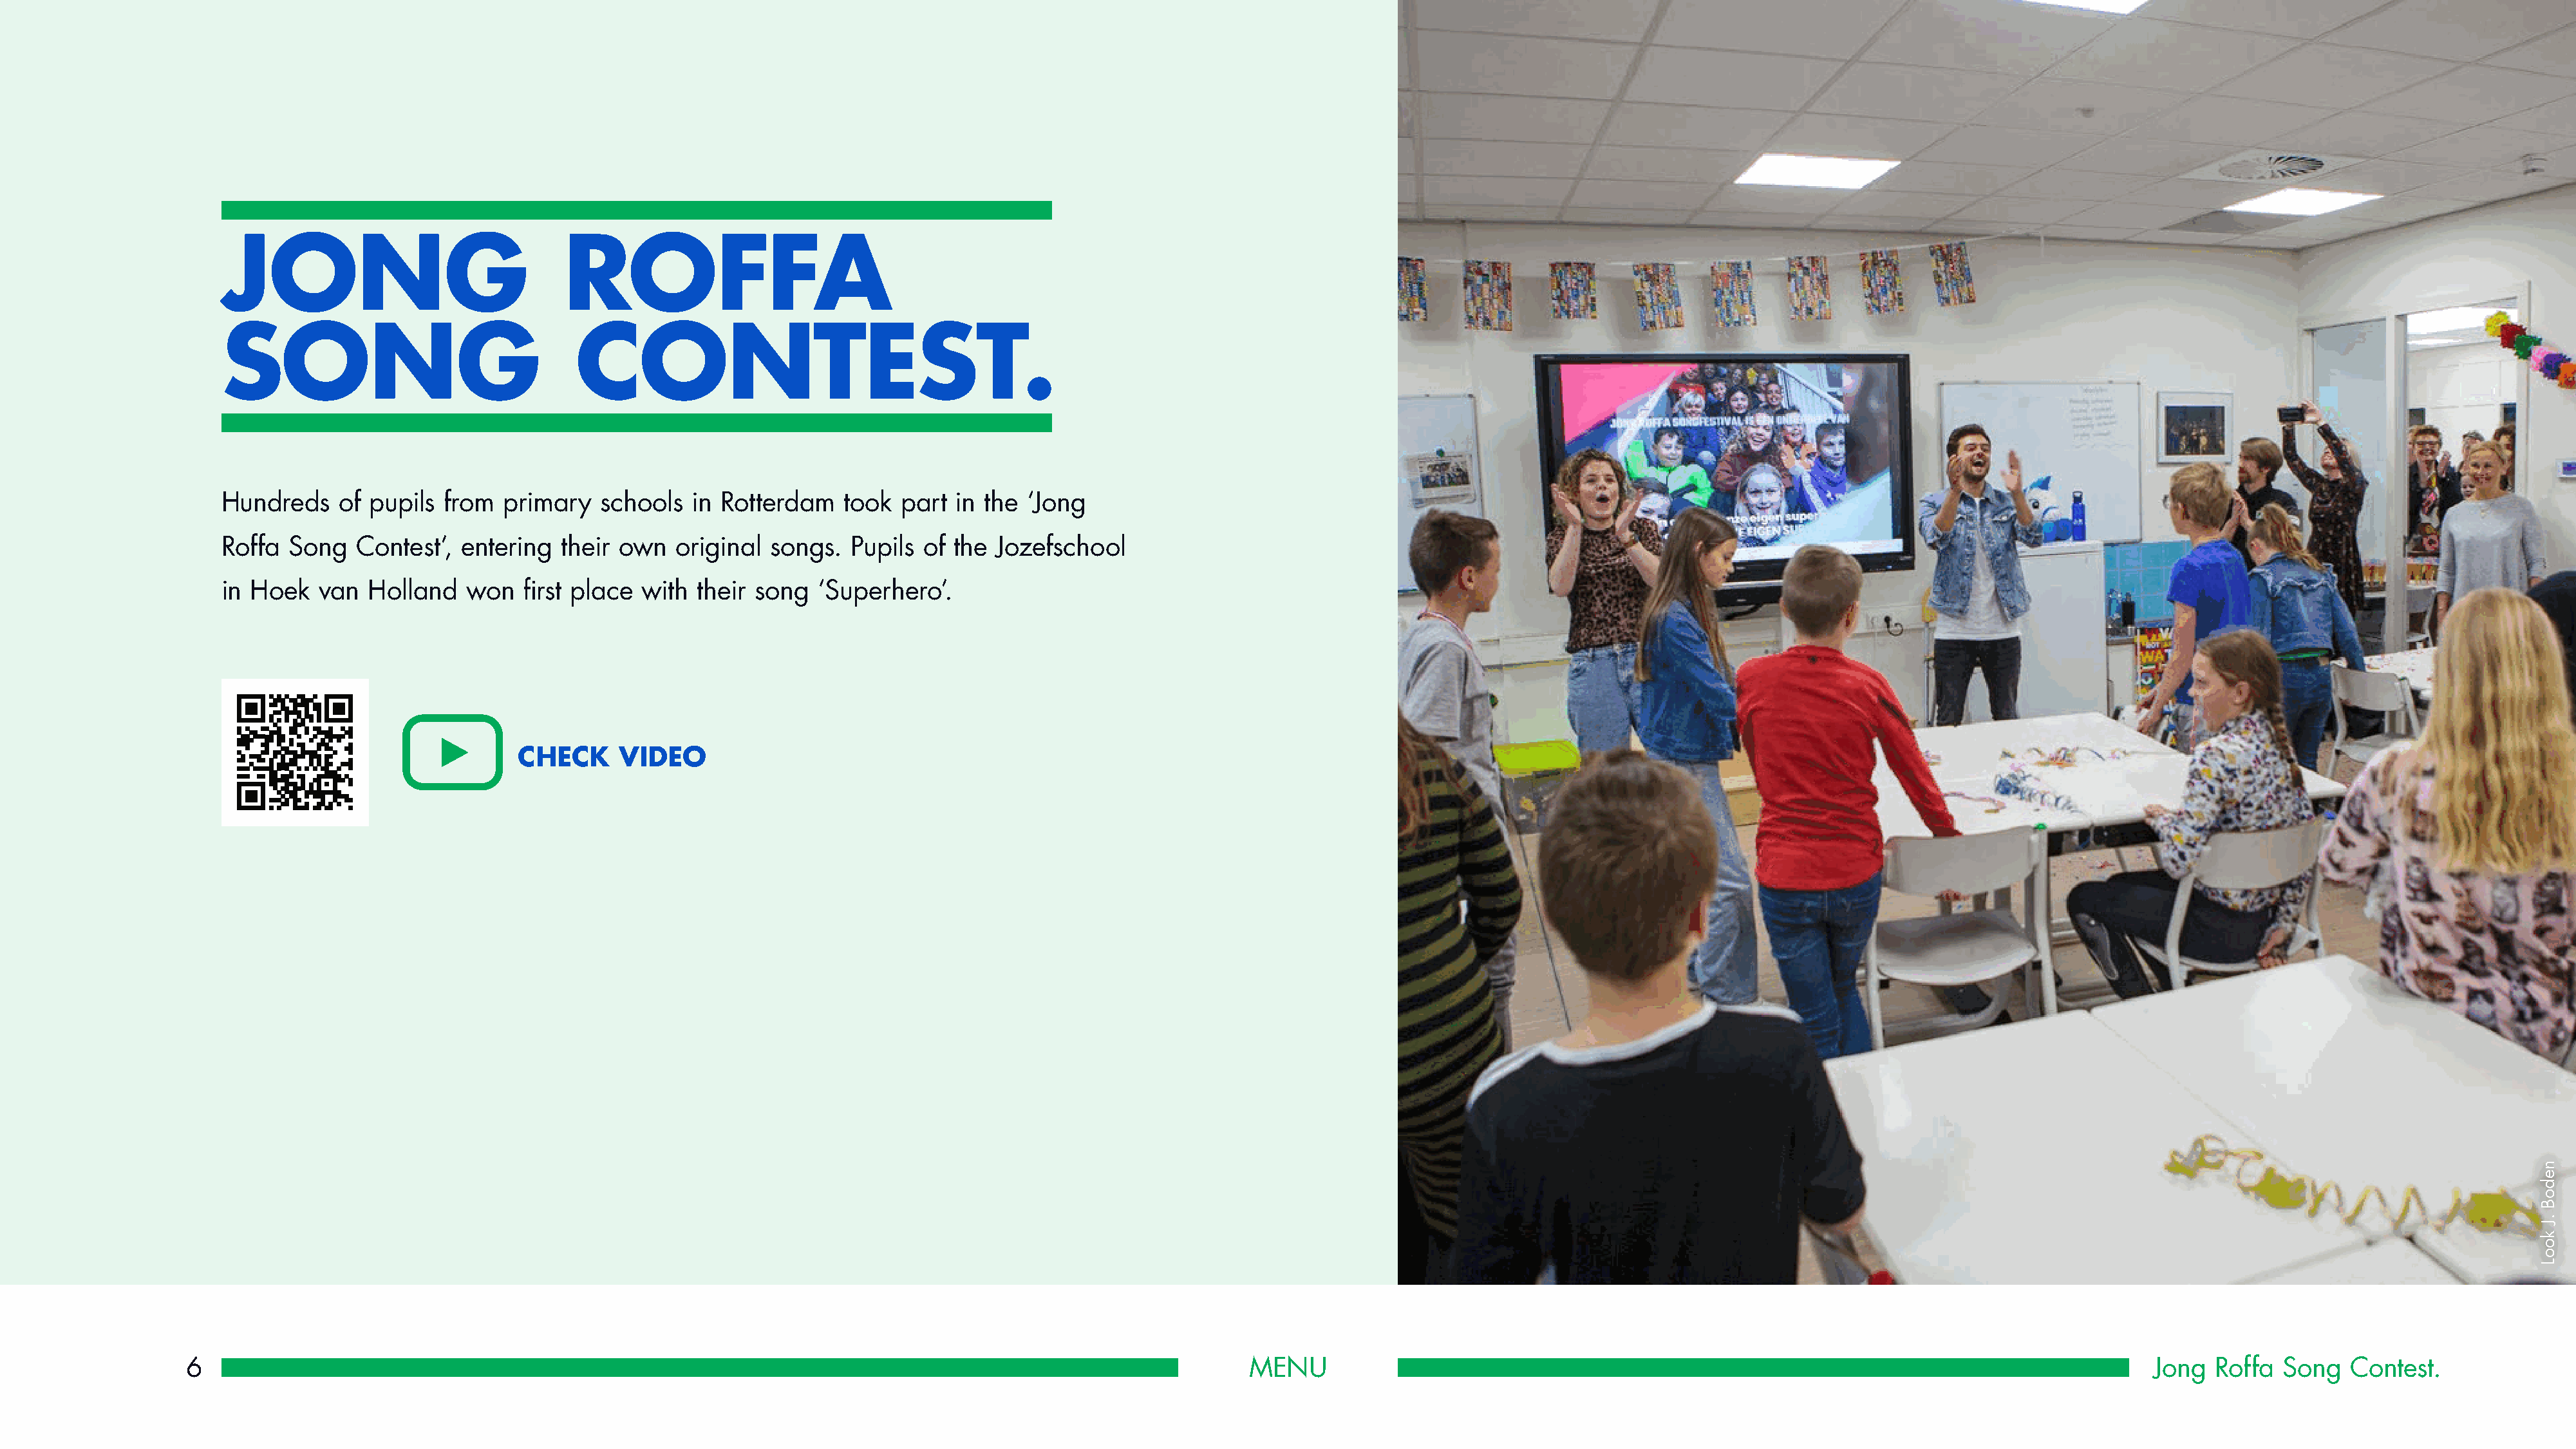
JONG                               ROFFA
 SONG                                CONTEST.
 Hundreds    of pupils  from  primary   schools  in Rotterdam    took  part in the  ‘Jong
 Roffa  Song   Contest’, entering   their own  original  songs.   Pupils of the Jozefschool
 in Hoek   van  Holland   won   first place with  their song  ‘Superhero’.
 CHECK      VIDEO
 6                                                                                                            MENU                                                                                         Jong   Roffa  Song   Contest.
 nedoB
 .J
 kooL